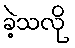
ခဲ့သလို